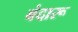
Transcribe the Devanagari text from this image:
बंदारू